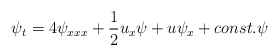
\begin{align*}\psi_t = 4\psi_{xxx} +{1 \over 2}u_x \psi + u \psi_x + const. \psi\end{align*}